Lunatic asylums Bombay report 1891-1903 - 1891-1903
Year: 1891
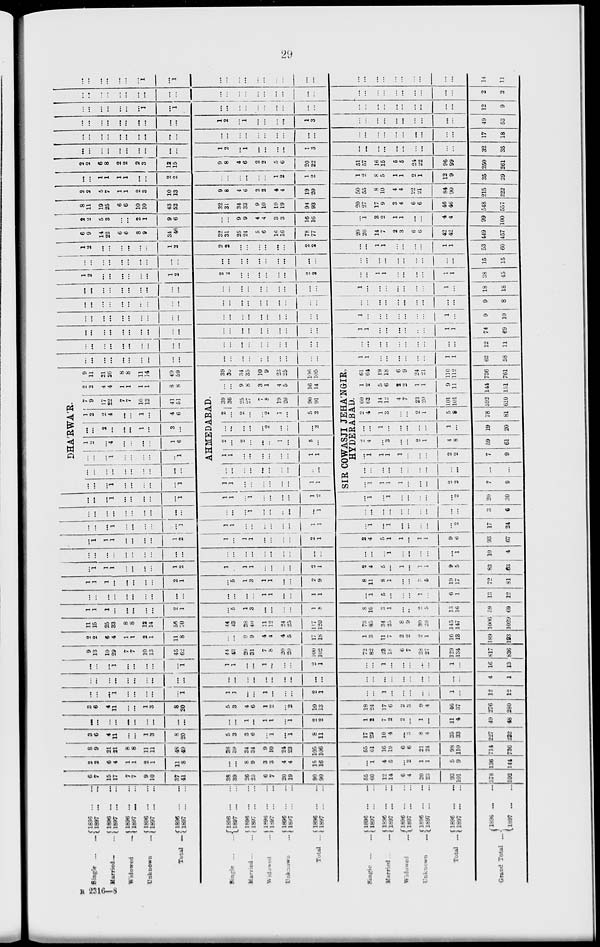
29
Single ... ...
Married ... ...
Widowed ... ...
Unknown ...
Total ...
Single ... ...
Married ... ...
Widowed ...
Unknown ...
Total
...
Single ... ...
Married...
...
Widowed ...
Unknown
...
Total
...
Grand Total
...
1896 ... ...
1897 ... ...
1896 ... ...
1897 ... ...
1896 ... ...
1897 ... ...
1896 ... ...
1897 ... ...
1896 ... ...
1897 ... ...
1896 ... ...
1897 ... ...
1896 ... ...
1897 ... ...
1896 ... ...
1897 ... ...
1896 ... ...
1897 ... ...
1896 ... ...
1897 ... ...
1896 ... ...
1897 ... ...
1896 ... ...
1897 ... ...
1896 ... ...
1897 ... ...
1896 ... ...
1897 ... ...
1896 ... ...
1897 ... ...
1896 ... ...
1897 ... ...
6
7
15
17
7
7
9
10
37
41
38
39
26
25
6
7
20
19
90
90
55
60
12
14
6
4
20
23
93
101
578
592
2
2
6
4
1
1
2
1
11
8
...
...
8
9
3
3
4
4
15
16
...
1
4
5
...
2
1
1
5
9
136
144
8
9
21
21
8
8
11
11
48
49
38
39
34
34
9
10
24
23
105
106
55
61
16
19
6
6
21
24
98
110
714
736
3
6
4
11
...
...
1
3
8
20
5
3
3
6
...
1
...
1
8
11
17
22
10
4
...
3
8
4
35
33
227
232
...
...
...
...
...
...
...
...
...
...
...
...
1
...
1
1
...
1
2
2
1
2
7
2
2
...
1
...
11
4
49
48
3
6
4
11
...
...
1
3
8
20
5
3
4
6
1
2
...
2
10
13
18
24
17
6
2
3
9
4
46
37
276
280
...
...
...
1
...
...
...
...
...
1
1
]
...
...
1
...
...
...
2
1
...
...
1
...
...
...
...
...
1
...
12
12
...
...
...
...
...
...
...
...
...
...
...
...
...
...
...
...
...
...
...
...
...
...
...
...
...
...
...
...
...
...
4
1
...
...
...
1
...
...
...
...
...
1
1
1
...
...
1
...
...
...
2
1
...
...
1
...
...
...
...
...
1
...
16
13
9
13
19
29
7
7
10
13
45
62
44
43
29
31
7
8
20
20
100
102
72
82
23
18
6
7
28
27
129
134
817
836
2
2
6
4
1
1
2
1
11
8
...
...
9
9
4
4
4
5
17
18
1
...
11
7
2
2
2
1
16
13
189
193
11
15
25
33
8
8
12
14
56
70
44
43
38
40
11
12
24
25
117
120
73
85
34
25
8
9
30
28
145
147
1006
1029
1
1
1
...
...
...
...
...
2
1
...
5
1
3
...
...
...
...
1
8
8
10
3
1
...
...
2
5
13
16
59
69
...
...
...
...
...
...
...
...
...
....
...
...
...
...
1
1
...
...
1
1
...
1
5
...
...
...
1
...
6
1
13
12
1
1
1
...
...
...
...
...
2
1
...
5
1
3
1
1
...
...
2
9
8
11
8
1
...
...
3
5
19
17
72
81
...
1
1
1
...
...
...
...
1
2
1
...
1
1
...
...
...
...
2
1
2
4
5
...
1
...
1
1
9
5
83
63
...
...
...
...
...
...
...
...
...
...
...
...
...
...
...
...
...
...
...
...
...
...
...
1
...
...
...
...
...
1
10
4
...
1
1
1
...
...
...
...
1
2
1
...
1
1
...
...
...
...
2
1
2
4
5
1
1
...
1
1
9
6
93
67
...
...
...
1
...
...
...
...
...
1
1
1
...
...
...
...
...
...
1
1
...
1
...
1
...
...
...
...
...
2
17
24
...
...
...
...
...
...
...
...
...
...
...
...
...
1
...
...
...
...
...
1
...
...
...
...
...
...
...
...
...
...
3
6
...
...
...
1
...
...
...
...
...
1
1
1
...
1
...
...
...
...
1
2
...
1
...
1
...
...
...
...
...
2
20
30
DHA'RWA'R.
...
...
...
1
...
...
...
...
...
1
...
...
...
...
...
...
...
...
...
...
...
...
...
1
...
...
...
...
...
1
1
2
...
4
...
...
...
...
1
6
...
...
2
...
...
...
1
...
3
...
1
2
2
4
...
...
1
...
4
6
7
9
17
22
7
7
10
13
41
51
2
2
4
4
1
1
1
1
8
8
9
11
21
26
8
8
11
14
49
59
AHMEDABAD.
1
1
...
...
...
...
...
...
1
1
...
...
...
...
...
...
...
...
...
...
1
1
...
...
...
...
...
...
1
1
2
...
2
...
...
...
1
...
5
...
...
...
...
...
...
2
...
...
...
2
2
...
2
...
...
2
1
...
5
2
39
36
25
27
7
8
19
20
90
91
...
...
9
8
3
1
4
5
16
14
39
36
34
35
10
9
23
25
106
105
SIR COWASJI JEHA'NGIR,
HYDERABAD.
...
1
1
1
1
...
...
...
2
2
7
9
...
...
...
...
...
...
...
...
...
...
...
...
...
1
1
1
1
...
...
...
2
2
7
9
2
4
...
3
...
...
2
1
4
8
59
61
...
...
1
...
...
...
...
...
1
...
19
20
2
4
1
3
...
...
2
1
5
8
78
81
60
62
14
12
4
7
23
20
101
101
592
610
1
2
5
6
2
2
1
1
9
11
144
151
61
64
19
18
6
9
24
21
110
112
736
761
...
...
...
...
...
...
...
...
...
...
...
...
...
...
...
...
...
...
...
...
1
1
...
...
...
...
...
...
1
1
62
58
...
...
...
...
...
...
...
...
...
...
...
...
...
...
...
...
...
...
...
...
...
...
...
...
...
...
...
...
...
...
12
11
...
...
...
...
...
...
...
...
...
...
...
...
...
...
...
...
...
...
...
...
1
1
...
...
...
...
...
...
1
1
74
69
...
...
...
...
...
...
...
...
...
...
...
...
...
...
...
...
...
...
...
...
1
...
...
...
...
...
...
...
1
...
9
10
...
...
...
...
...
...
...
...
...
...
...
...
...
...
...
...
...
...
...
...
...
...
...
...
...
...
...
...
...
...
9
8
...
...
...
...
...
...
...
...
...
...
...
...
...
...
...
...
...
...
...
...
1
...
...
...
...
...
...
...
1
...
18
18
1
2
...
...
...
...
...
...
1
2
2
...
...
...
...
...
...
...
2
2
...
...
1
1
...
...
...
...
1
1
38
45
...
...
...
...
...
...
...
...
...
...
...
...
...
...
...
...
...
...
...
...
...
...
...
...
...
...
...
...
...
...
15
15
1
2
...
...
...
...
...
...
1
2
2
2
...
...
...
...
...
...
2
2
...
...
1
1
...
...
...
...
1
1
53
60
6
9
14
22
6
6
8
9
34
46
32
31
25
24
5
6
16
16
78
77
20
26
14
7
2
3
6
6
42
42
449
457
2
2
5
3
...
...
2
1
9
6
...
...
9
9
4
4
3
3
16
16
...
1
3
2
1
1
...
...
4
4
99
100
8
11
19
25
6
6
10
10
43
52
32
31
34
33
9
10
19
19
94
93
20
27
17
9
3
4
6
6
46
46
548
557
2
2
5
7
1
1
2
3
10
13
9
8
4
6
2
2
4
4
19
20
50
55
8
10
4
4
22
21
84
90
215
222
...
...
1
1
1
1
...
...
2
2
...
...
...
...
...
...
1
2
1
2
1
2
8
5
1
1
2
1
12
9
35
39
2
2
6
8
2
2
2
3
12
15
9
8
4
6
2
2
5
6
20
22
51
57
16
15
5
5
24
22
96
99
250
261
...
...
...
...
...
...
...
...
...
...
1
2
...
1
...
...
...
...
1
3
...
...
...
...
...
...
...
...
...
...
32
35
...
...
...
...
...
...
...
...
...
...
...
...
...
...
...
...
...
...
...
...
...
...
...
...
...
...
...
...
...
...
17
18
...
...
...
...
...
...
...
...
...
...
1
2
...
1
...
...
...
...
1
3
...
...
...
...
...
...
...
...
...
...
49
53
...
...
...
...
...
...
...
1
...
1
...
...
...
...
...
...
...
...
...
...
...
...
...
...
...
...
...
...
...
...
12
9
...
...
...
...
...
...
...
...
...
...
...
...
...
...
...
...
...
...
...
...
...
...
...
...
...
...
...
...
...
...
2
2
...
...
...
...
...
...
...
1
...
1
...
...
...
...
...
...
...
...
...
...
...
...
...
...
...
...
...
...
...
...
14
11
B 2316—8